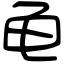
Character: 龟